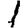
Digit: 1